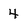
Character: 4